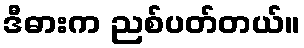
ဒီဓားက ညစ်ပတ်တယ်။